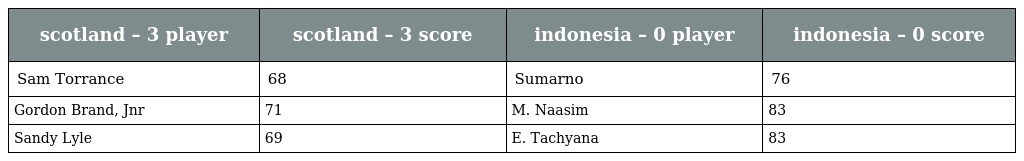
| scotland – 3 player | scotland – 3 score | indonesia – 0 player | indonesia – 0 score |
 | --- | --- | --- | --- |
 | Sam Torrance | 68 | Sumarno | 76 |
 | Gordon Brand, Jnr | 71 | M. Naasim | 83 |
 | Sandy Lyle | 69 | E. Tachyana | 83 |